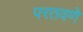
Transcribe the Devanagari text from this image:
परतवणे